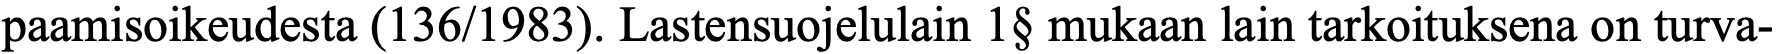
paamisoikeudesta (136/1983). Lastensuojelulain 1§ mukaan lain tarkoituksena on turva-